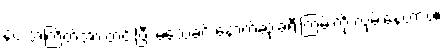
နဲ့ပဲ အံကြိတ်အားတင်းပြီး မသေခင် နောက်ဆုံးခရီးကြမ်းကို လှမ်းနေတာပဲ။